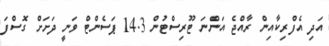
އަދި އެފްރިކާއިން ރާއްޖެ އަންނަ ޓޫރިސްޓުން 14.3 ޕަސެންޓް ވަނީ ދަށަށް ގޮސްފަ